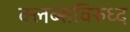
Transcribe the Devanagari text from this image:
क्लब्सविरुध्द